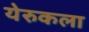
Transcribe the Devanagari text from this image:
येरुकला